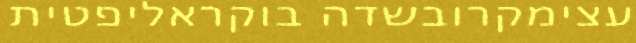
עצימקרובשדה בוקראליפטית